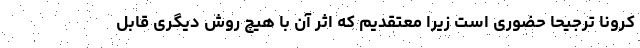
کرونا ترجیحا حضوری است زیرا معتقدیم که اثر آن با هیچ روش دیگری قابل